Madras plague regulations in force outside the Presidency town - Volume 2
Disease focus: Plague
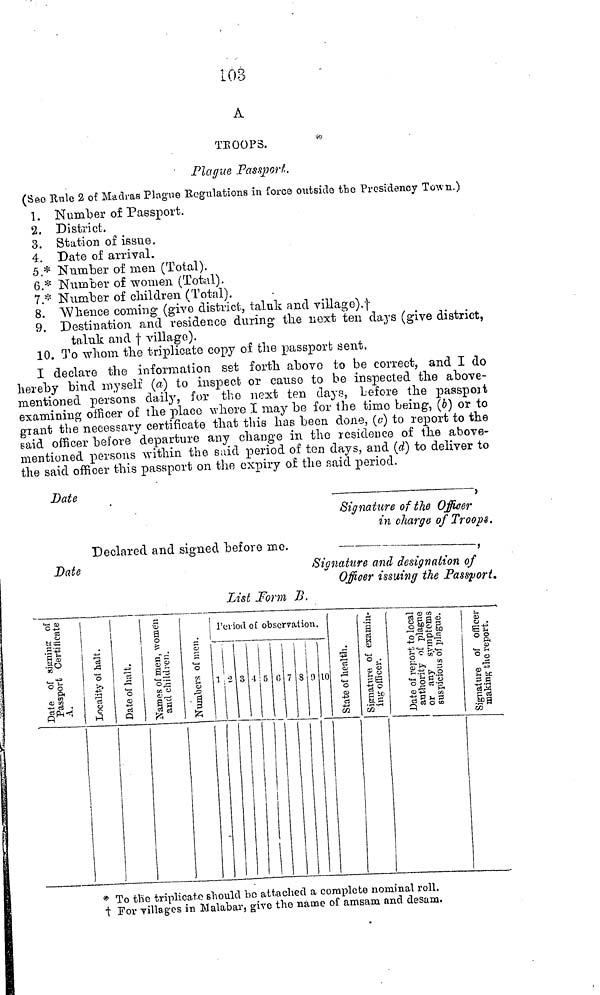
103
A
TROOPS.
Plague Passport.
(Seo Rule 2 of Madras Plague Regulations in force outside the Presidency Town.)
1. Number of Passport.
2. District.
3. Station of issue.
4. Date of arrival.
5.* Number of men (Total).
6.* Number of women (Total).
7.* Number of children (Total).
8. Whence coming (give district, taluk and village). †
9. Destination and residence during the next ten days (give district,
taluk and † village).
10. To whom the triplicate copy of the passport sent.
I declare the information set forth above to be correct, and I do
hereby bind myself (a) to inspect or cause to be inspected the above-
mentioned persons daily, for the next ten clays, before the passport
examining officer of the place where I may be for the time being, (5) or to
grant the necessary certificate that this has been done, (c) to report to the
said officer before departure any change in the residence of the above-
mentioned persons within the said period of ten days, and (d) to deliver to
the said officer this passport on the expiry of the said period.
Date
.
,
Signature of the Officer
in charge of Troops.
Declared and signed before me.
.
,
Date
Signature and designation of
Officer issuing the Passport.
List Form B.
* To the triplicate should bo attached a complete nominal roll.
† For villages in Malabar, give the name of amsam and desam.
Period of observation.
1 2 3 4 5 6 7 8 9 10
State of health